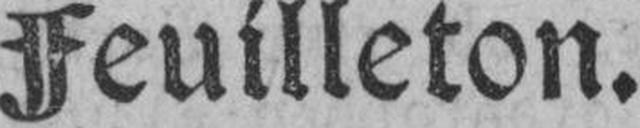
Feuilleton.